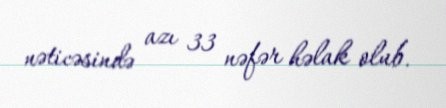
nəticəsində azı 33 nəfər həlak olub.